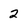
Character: 2